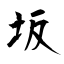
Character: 坂